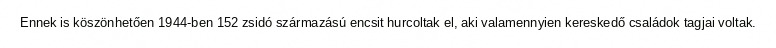
Ennek is köszönhetően 1944-ben 152 zsidó származású encsit hurcoltak el, aki valamennyien kereskedő családok tagjai voltak.